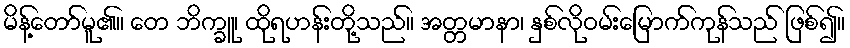
မိန့်တော်မူ၏။ တေ ဘိက္ခူ၊ ထိုရဟန်းတို့သည်။ အတ္တမာနာ၊ နှစ်လိုဝမ်းမြောက်ကုန်သည် ဖြစ်၍။